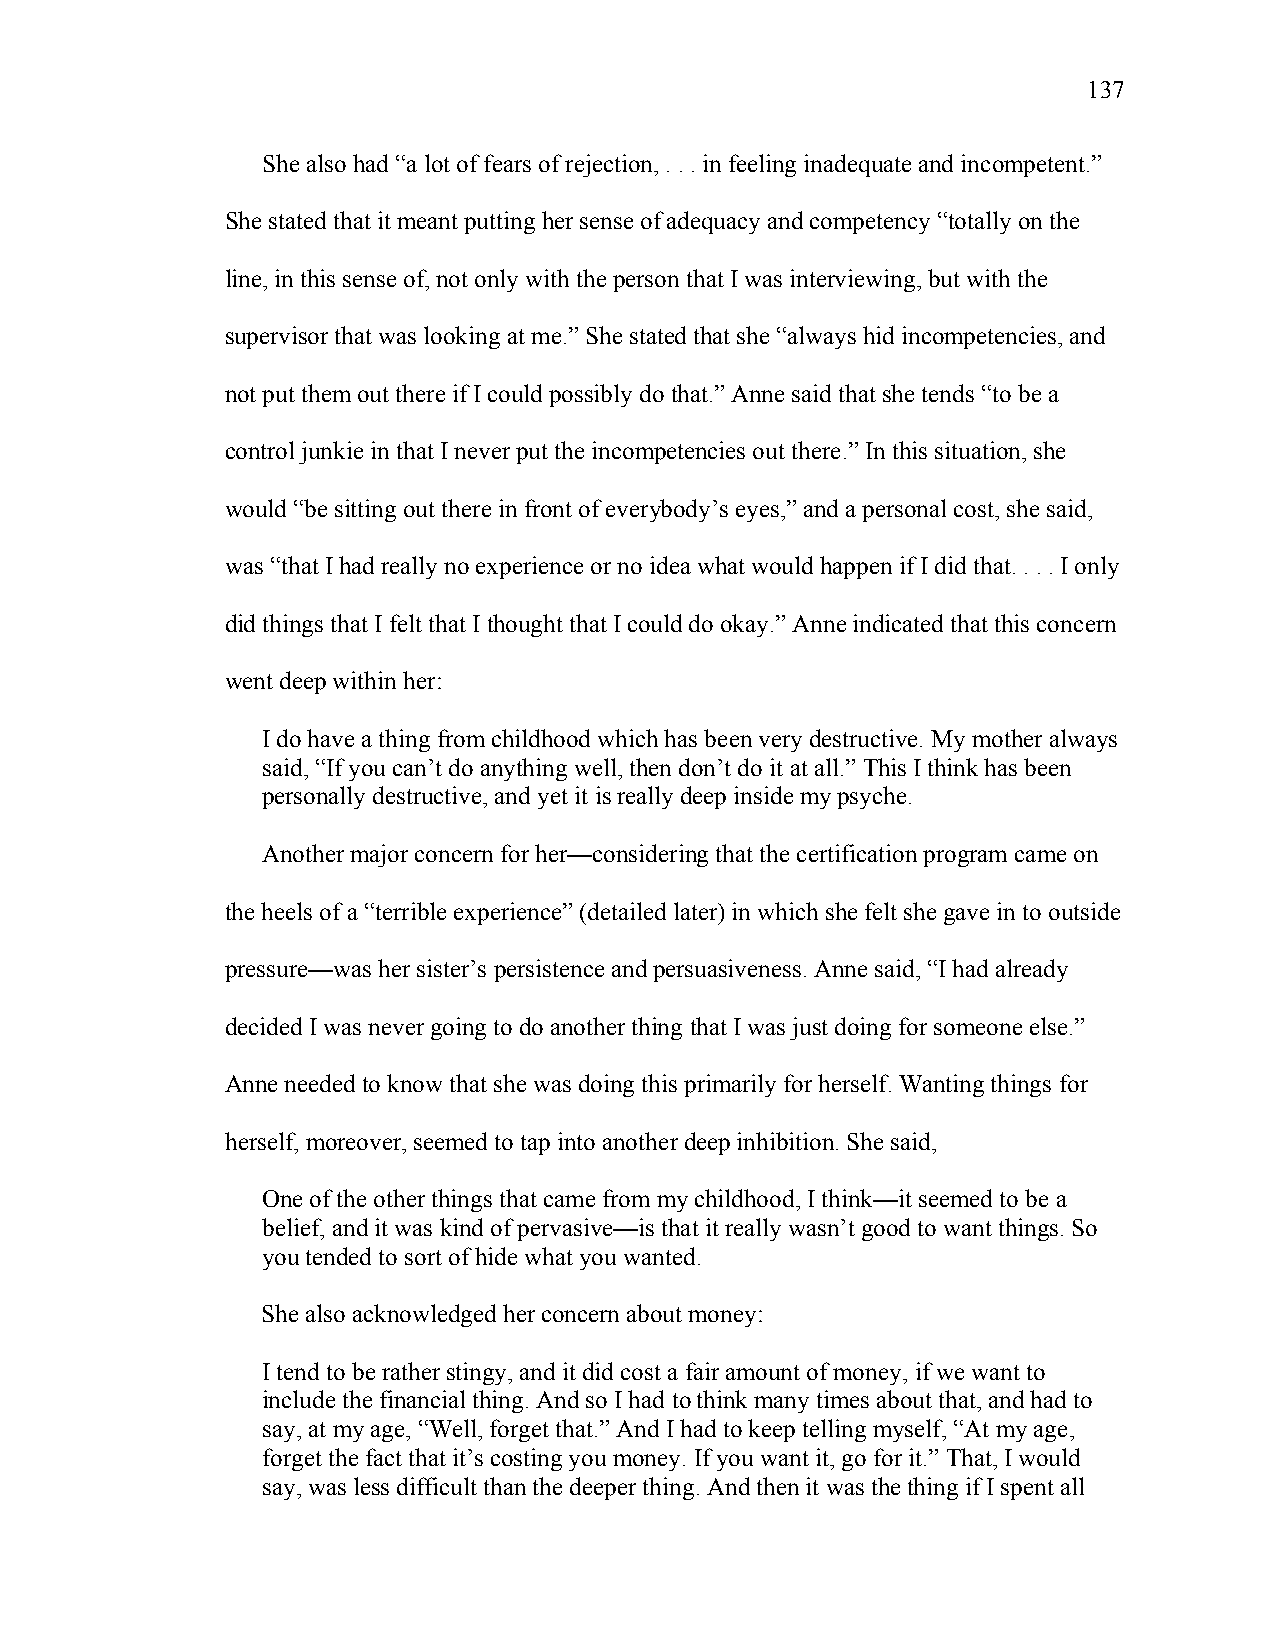
137
 She also had “a lot of fears of rejection, . . . in feeling inadequate and incompetent.”
 She stated that it meant putting her sense of adequacy and competency “totally on the
 line, in this sense of, not only with the person that I was interviewing, but with the
 supervisor that was looking at me.” She stated that she “always hid incompetencies, and
 not put them out there if I could possibly do that.” Anne said that she tends “to be a
 control junkie in that I never put the incompetencies out there.” In this situation, she
 would “be sitting out there in front of everybody’s eyes,” and a personal cost, she said,
 was “that I had really no experience or no idea what would happen if I did that. . . . I only
 did things that I felt that I thought that I could do okay.” Anne indicated that this concern
 went deep within her:
 I do have a thing from childhood which has been very destructive. My mother always
 said, “If you can’t do anything well, then don’t do it at all.” This I think has been
 personally destructive, and yet it is really deep inside my psyche.
 Another major concern for her—considering that the certification program came on
 the heels of a “terrible experience” (detailed later) in which she felt she gave in to outside
 pressure—was her sister’s persistence and persuasiveness. Anne said, “I had already
 decided I was never going to do another thing that I was just doing for someone else.”
 Anne needed to know that she was doing this primarily for herself. Wanting things for
 herself, moreover, seemed to tap into another deep inhibition. She said,
 One of the other things that came from my childhood, I think—it seemed to be a
 belief, and it was kind of pervasive—is that it really wasn’t good to want things. So
 you tended to sort of hide what you wanted.
 She also acknowledged her concern about money:
 I tend to be rather stingy, and it did cost a fair amount of money, if we want to
 include the financial thing. And so I had to think many times about that, and had to
 say, at my age, “Well, forget that.” And I had to keep telling myself, “At my age,
 forget the fact that it’s costing you money. If you want it, go for it.” That, I would
 say, was less difficult than the deeper thing. And then it was the thing if I spent all